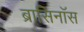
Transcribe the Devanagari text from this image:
ब्रासिनॉस